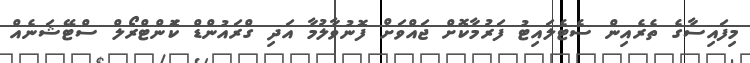
މިފައިސާގެ ތެރެއިން ސެޓެލައިޓު ފަރުމާކޮށް ޖައްވަށް ފޮނުވާލުމާ އަދި ގްރައުންޑް ކޮަންޓްރޯލް ސްޓޭޝަނެއް